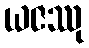
ယဇဿု